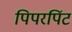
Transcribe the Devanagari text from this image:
पिपरपिंट